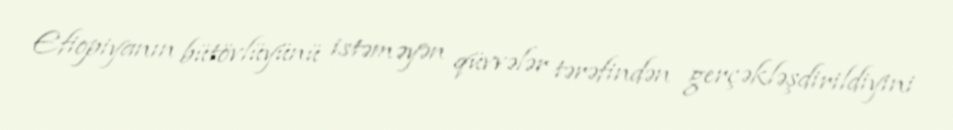
Efiopiyanın bütövlüyünü istəməyən qüvvələr tərəfindən gerçəkləşdirildiyini